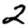
Digit: 2